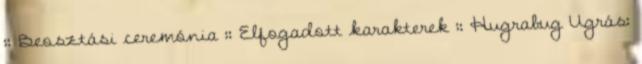
:: Beosztási ceremónia :: Elfogadott karakterek :: Hugrabug Ugrás: